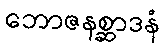
ဘောဇနစ္ဆာဒနံ